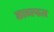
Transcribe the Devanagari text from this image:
काव्यफल